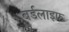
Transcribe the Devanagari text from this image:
बर्डलाइफ